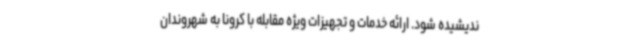
ندیشیده شود. ارائه خدمات و تجهیزات ویژه مقابله با کرونا به شهروندان